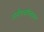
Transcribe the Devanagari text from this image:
अनौपचारिकप्रथम